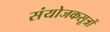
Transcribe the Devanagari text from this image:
संयोजकसूत्रों